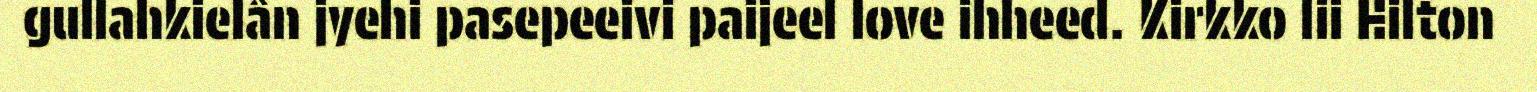
gullahkielân jyehi pasepeeivi paijeel love ihheed. Kirkko lii Hilton